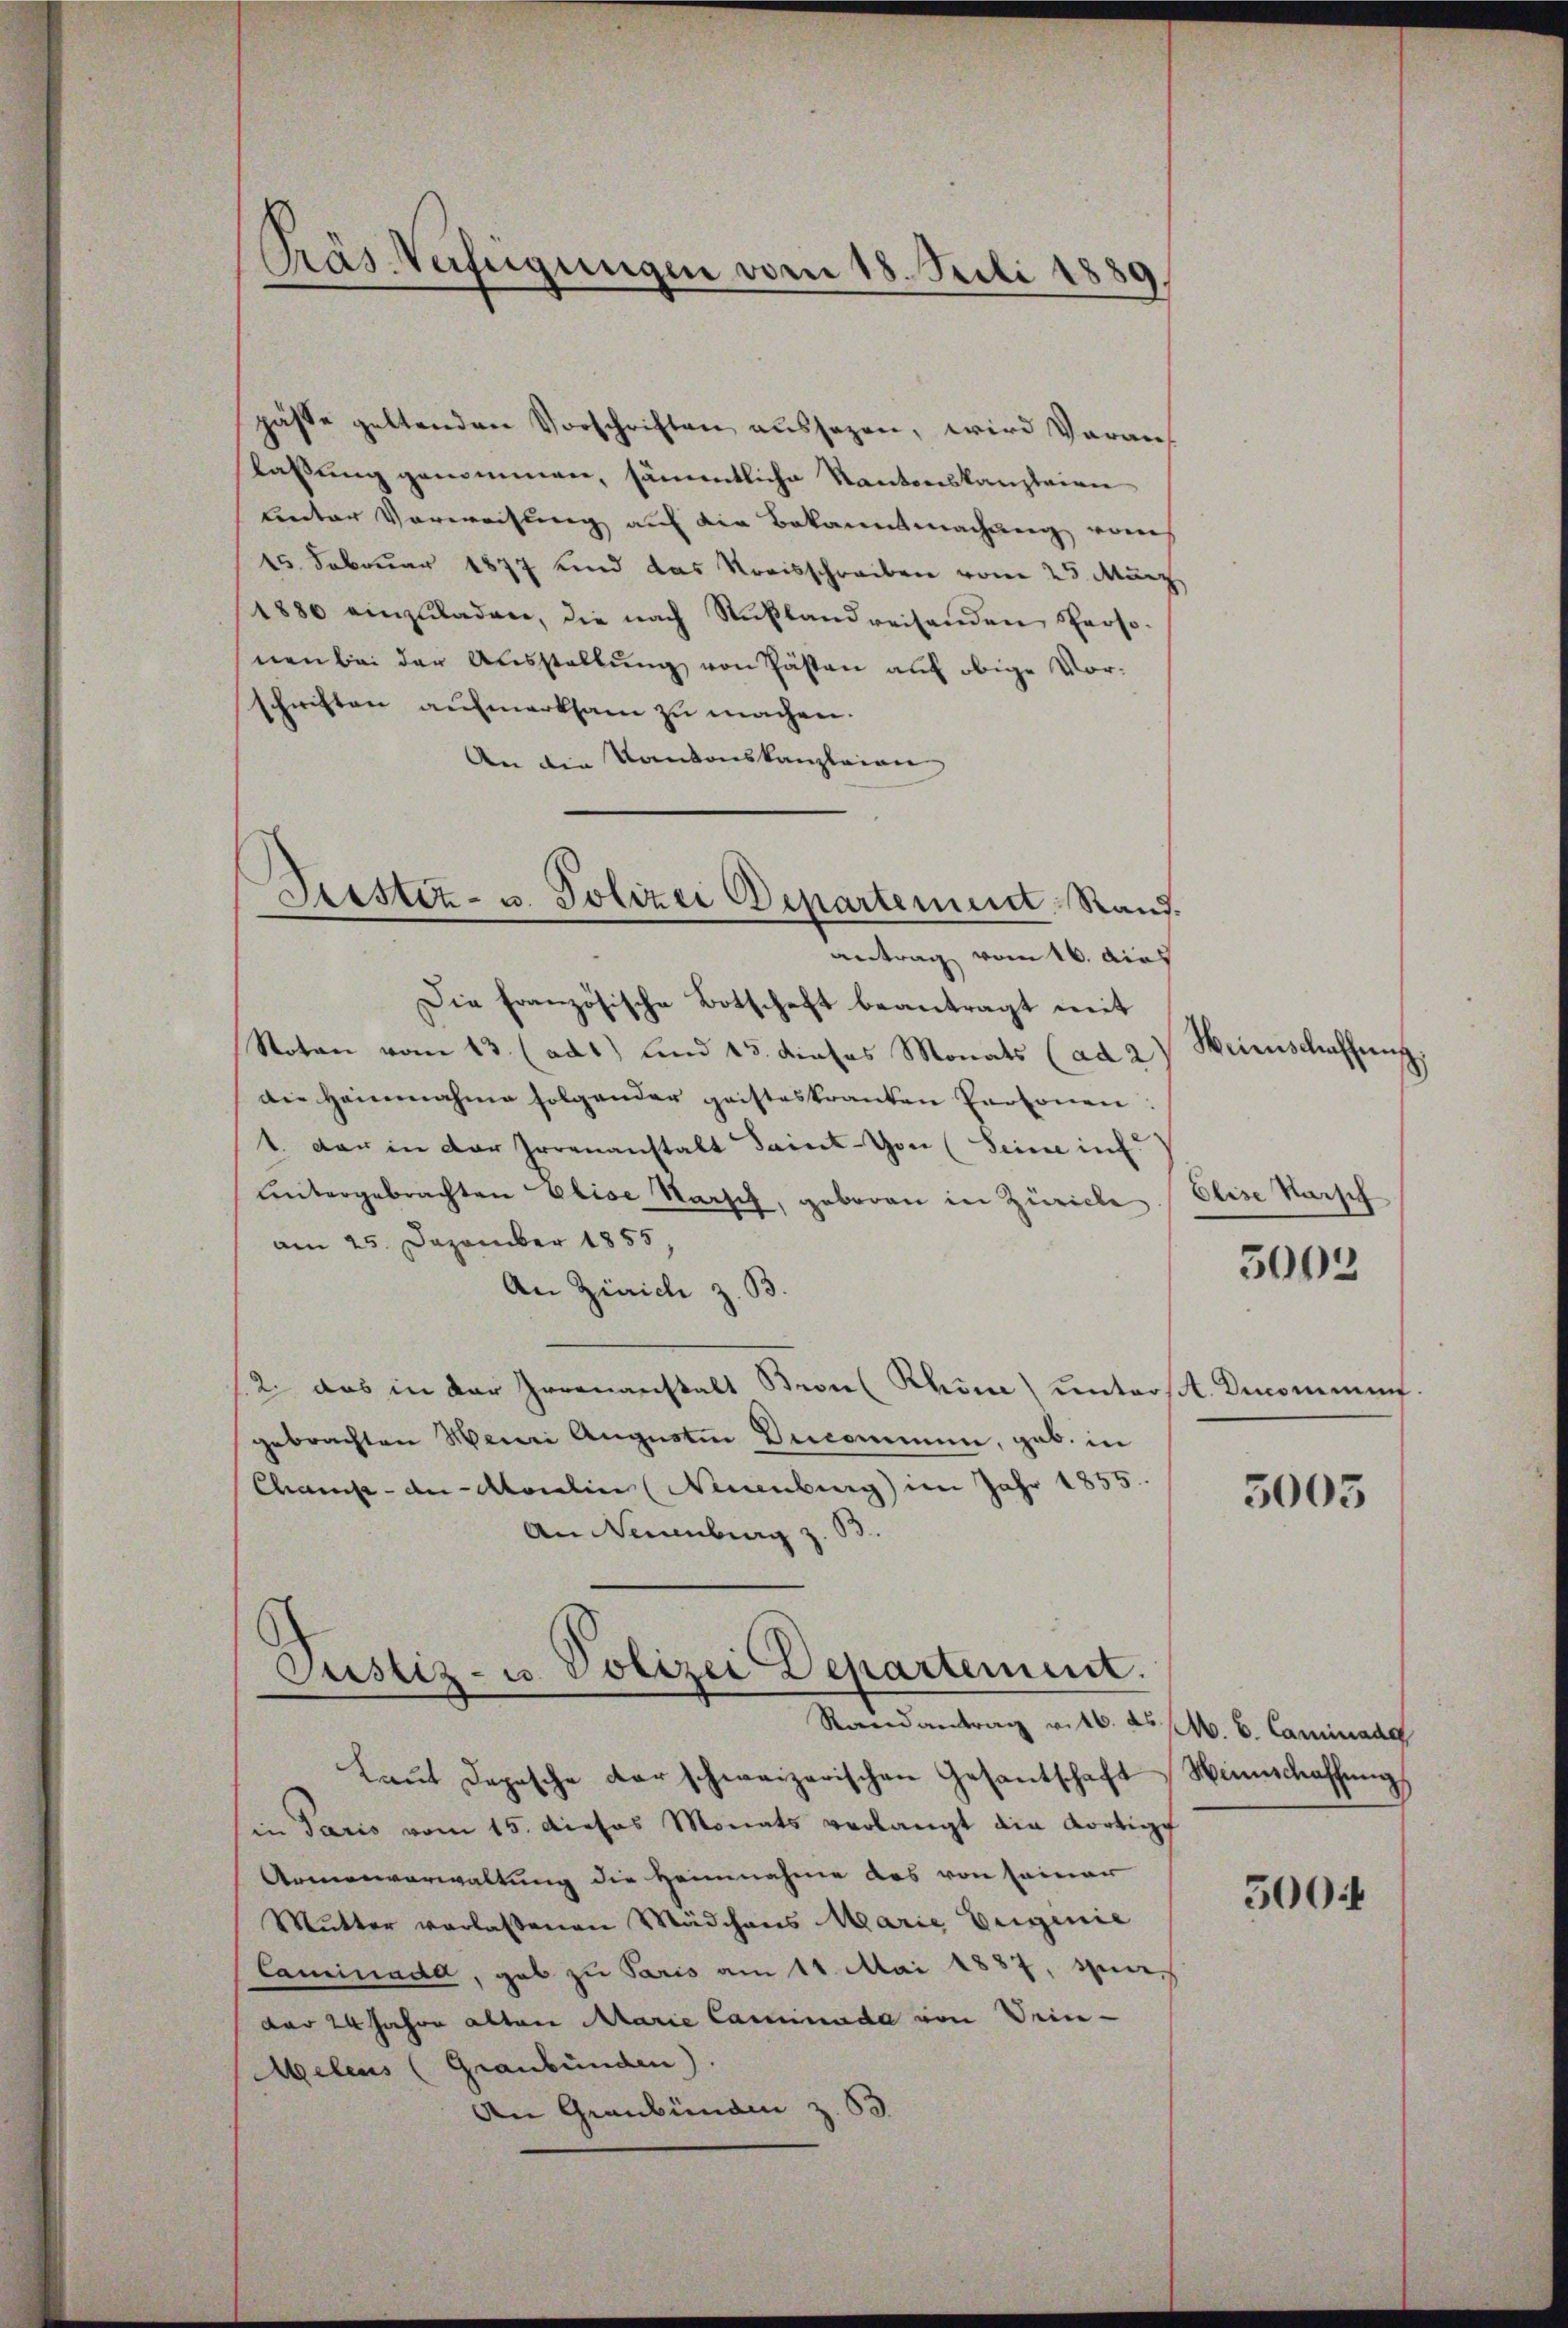
Präs. Verfügungen vom 18. Juli 1889,

Seestiz- u. Polizei Departement Rand.
antrag vom 16. dies

pässe geltenden Vorschriften aussagen, wird Voranslassung genommen, sämmtliche Kantonskanzleien
ceter Vorweisung auf die Bekanntmachung von
15. Februar 1877 und das Kreisschreiben vom 25. März
1880 einzŭladen, die nach Rußlandreisenden Perso-
nen bei der Ausstellung von Gästen auf obige Vorschriften aufmerksam zu machen.
An die Kantonskanzleien
Die Französische Botschaft beantragt mit
Noten vom 13. (ad1) und 15. dieses Monats (ad 2
die Heinnahme folgender geisteskranten Personen
1. der in der Irrenanstalt Saint-Von (Seine inf
untergebrachten Elise Warsch, geboren in Zürich
am 25. Dezember 1855
An Zürich z. B.
/2. das in der Irrenanstalt Bron Rhone unterst. Uncommen.
gebrachten Mein Augusten Decommen, geb. in
Champ-de-Morelin (Neuenburg im Jahr 1855.
An Neuenburg z. B.
Justiz- u. Polizei Departement.
Randantrag v. 16. ds. v. 6. Caminade
Laut Depesche der schweizerischen Gesantschaft
in Paris vom 15. diehas Monats verlangt die Kortigg
Armenverwaltung die Heimnahme des von seiner
Mutter verlassenen Mädchens Marie Eigenie
Caminada, gab zu Paris am 11. Mai 1887, zuerdar 24 Jahre alten Marie Caminada von Urin-
Melens (Graubünden).
An Graubünden z. 63

Weinschaffung.
Elise kaisch
5003

5003

Winnschaffung

5004